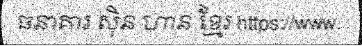
ធនាគារ ស៊ិន ហាន ខ្មែរ https://www.